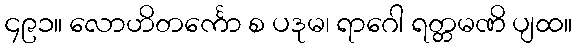
၄၉၁။ လောဟိတင်္ကော စ ပဒုမ၊ ရာဂေါ ရတ္တမဏိ ပျထ။